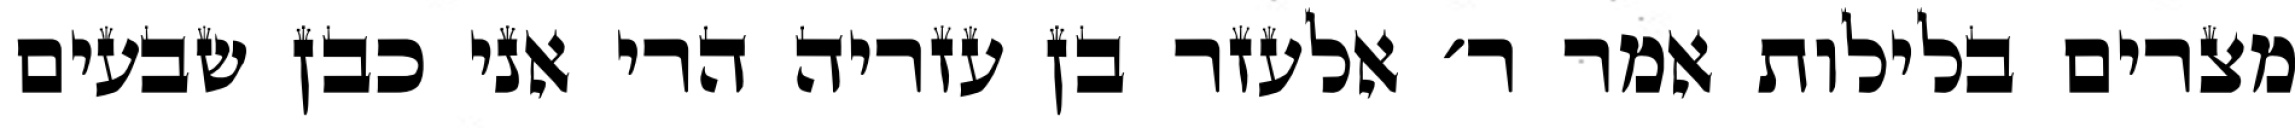
מצרים בלילות אמר ר׳ אלעזר בן עזריה הרי אני כבן שבעים